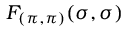
F _ { ( \pi , \pi ) } ( \boldsymbol { \sigma } , \boldsymbol { \sigma } )